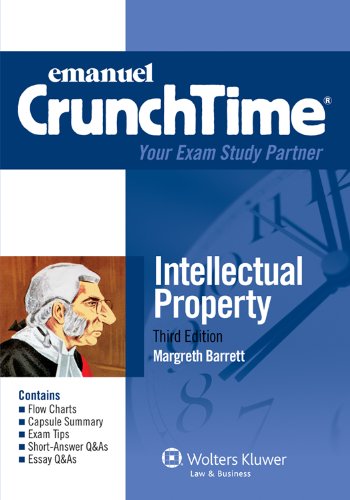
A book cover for Crunchtime: Intellectual Property 2012 Edition; Margreth Barrett; Law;